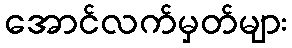
အောင်လက်မှတ်များ